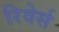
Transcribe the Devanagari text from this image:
रिवेर्स